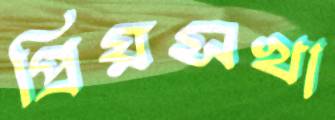
প্রিয়সখা